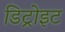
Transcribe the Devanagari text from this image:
डिट्रोइट